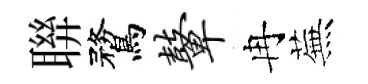
聨鶩鼙冉蕪